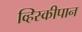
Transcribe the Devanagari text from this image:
व्हिस्कीपान